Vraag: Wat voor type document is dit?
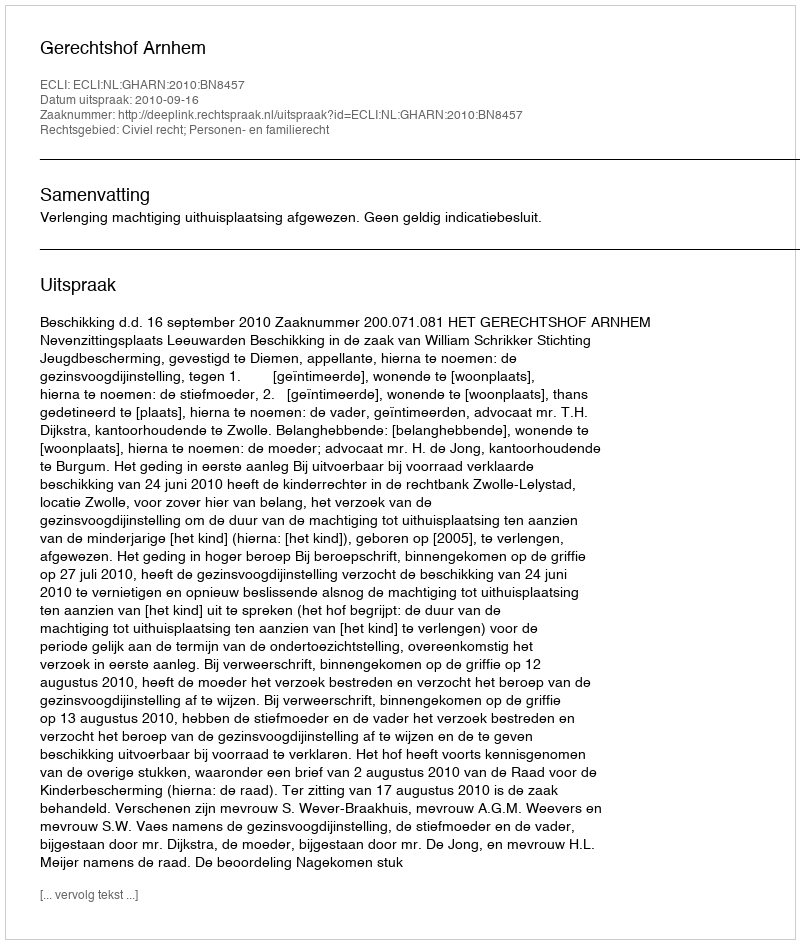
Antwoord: Uitspraak